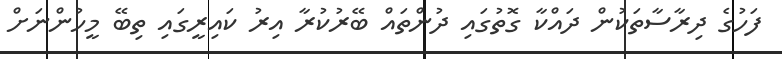
ފަހުގެ ދިރާސާތަކުން ދައްކާ ގޮތުގައި ދުންތައް ބޭރުކުރާ އިރު ކައިރީގައި ތިބޭ މީހުންނަށް